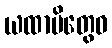
ယထာပိတွေဝ